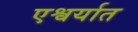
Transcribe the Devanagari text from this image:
एश्वर्यात